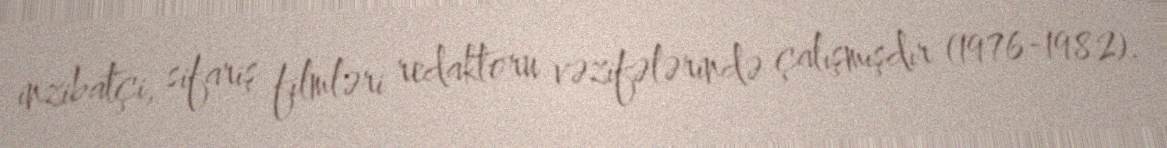
inzibatçi, sifariş filmləri redaktoru vəzifələrində çalışmışdır (1976-1982).